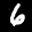
Label: 6